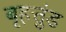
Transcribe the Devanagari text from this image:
बृहत्तुंड